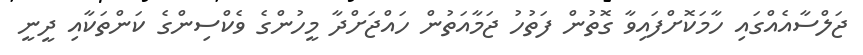
ޖަލްސާއެއްގައި ހާމަކޮށްފައިވާ ގޮތުން ފަތުހު ޖަމާއަތުން ހައްޖަށްދާ މީހުންގެ ވެކްސިންގެ ކަންތަކާއި ދީނީ